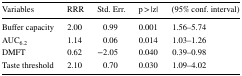
<table><thead><tr><td><b>Variables</b></td><td><b>RRR</b></td><td><b>Std. Err.</b></td><td><b>p &gt; |z|</b></td><td><b>(95% conf. interval)</b></td></tr></thead><tbody><tr><td>Buffer capacity</td><td>2.00</td><td>0.99</td><td>0.001</td><td>1.56–5.74</td></tr><tr><td>AUC<sub>6.2</sub></td><td>1.14</td><td>0.06</td><td>0.014</td><td>1.03–1.26</td></tr><tr><td>DMFT</td><td>0.62</td><td>−2.05</td><td>0.040</td><td>0.39–0.98</td></tr><tr><td>Taste threshold</td><td>2.10</td><td>0.70</td><td>0.030</td><td>1.09–4.02</td></tr></tbody></table>